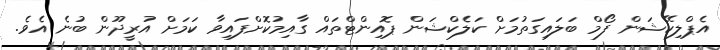
އެޕްލިކޭޝަން ފޯމް ބަލައިގަތުމަށް ކަލެކްޝަން ޕޮއިންޓްތައް ގާއިމުކޮށްފައިވާ ކަމަށް އުރީދޫން ބުނެ އެވެ.